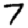
Digit: 7